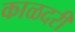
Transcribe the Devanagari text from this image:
काळदरी